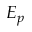
E _ { p }